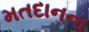
મતદાનના